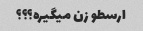
ارسطو زن میگیره؟؟؟